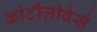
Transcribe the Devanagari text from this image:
कांटीलीवेर्स